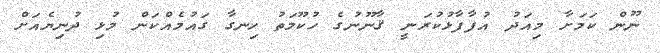
ނޫން ކަމަށާ މިއަދު އުފާފާޅުކުރަނީ ޤާނޫނުގެ ހުކޫމަތު ހިނގާ ގައުމެއްކަން މުޅި ދުނިޔެއަށް